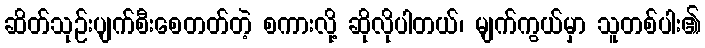
ဆိတ်သုဉ်းပျက်စီးစေတတ်တဲ့ စကားလို့ ဆိုလိုပါတယ်၊ မျက်ကွယ်မှာ သူတစ်ပါး၏